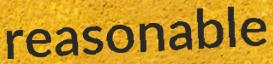
reasonable